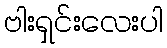
ဗါးရှင်းလေးပါ